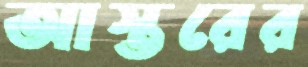
আস্তরের